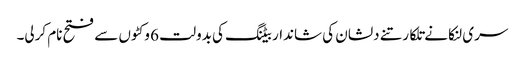
سری لنکا نے تلکارتنے دلشان کی شاندار بیٹنگ کی بدولت 6 وکٹوں سے فتح نام کرلی۔